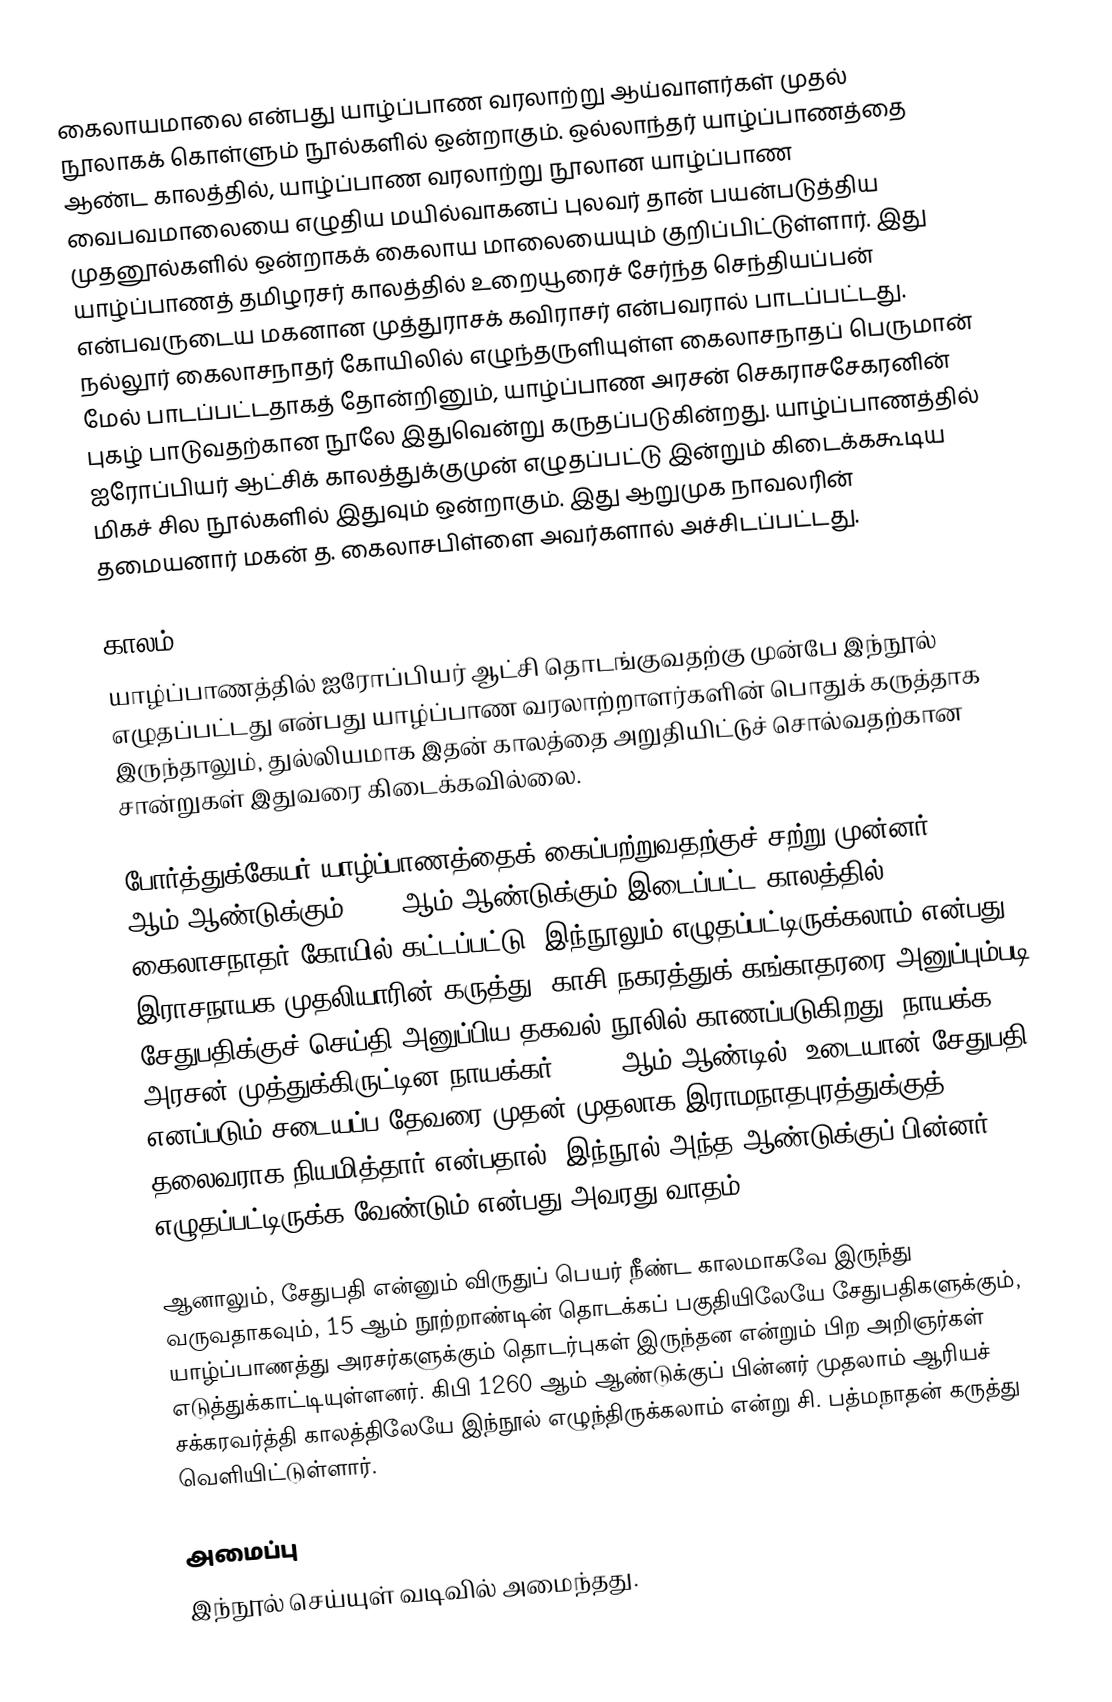
கைலாயமாலை என்பது யாழ்ப்பாண வரலாற்று ஆய்வாளர்கள் முதல் நூலாகக் கொள்ளும் நூல்களில் ஒன்றாகும். ஒல்லாந்தர் யாழ்ப்பாணத்தை ஆண்ட காலத்தில், யாழ்ப்பாண வரலாற்று நூலான யாழ்ப்பாண வைபவமாலையை எழுதிய மயில்வாகனப் புலவர் தான் பயன்படுத்திய முதனூல்களில் ஒன்றாகக் கைலாய மாலையையும் குறிப்பிட்டுள்ளார். இது யாழ்ப்பாணத் தமிழரசர் காலத்தில் உறையூரைச் சேர்ந்த செந்தியப்பன் என்பவருடைய மகனான முத்துராசக் கவிராசர் என்பவரால் பாடப்பட்டது. நல்லூர் கைலாசநாதர் கோயிலில் எழுந்தருளியுள்ள கைலாசநாதப் பெருமான் மேல் பாடப்பட்டதாகத் தோன்றினும், யாழ்ப்பாண அரசன் செகராசசேகரனின் புகழ் பாடுவதற்கான நூலே இதுவென்று கருதப்படுகின்றது. யாழ்ப்பாணத்தில் ஐரோப்பியர் ஆட்சிக் காலத்துக்குமுன் எழுதப்பட்டு இன்றும் கிடைக்ககூடிய மிகச் சில நூல்களில் இதுவும் ஒன்றாகும். இது ஆறுமுக நாவலரின் தமையனார் மகன் த. கைலாசபிள்ளை அவர்களால் அச்சிடப்பட்டது.

காலம்
யாழ்ப்பாணத்தில் ஐரோப்பியர் ஆட்சி தொடங்குவதற்கு முன்பே இந்நூல் எழுதப்பட்டது என்பது யாழ்ப்பாண வரலாற்றாளர்களின் பொதுக் கருத்தாக இருந்தாலும், துல்லியமாக இதன் காலத்தை அறுதியிட்டுச் சொல்வதற்கான சான்றுகள் இதுவரை கிடைக்கவில்லை.

போர்த்துக்கேயர் யாழ்ப்பாணத்தைக் கைப்பற்றுவதற்குச் சற்று முன்னர், 1604 ஆம் ஆண்டுக்கும் 1619 ஆம் ஆண்டுக்கும் இடைப்பட்ட காலத்தில், கைலாசநாதர் கோயில் கட்டப்பட்டு, இந்நூலும் எழுதப்பட்டிருக்கலாம் என்பது இராசநாயக முதலியாரின் கருத்து. காசி நகரத்துக் கங்காதரரை அனுப்பும்படி சேதுபதிக்குச் செய்தி அனுப்பிய தகவல் நூலில் காணப்படுகிறது. நாயக்க அரசன் முத்துக்கிருட்டின நாயக்கர், 1604 ஆம் ஆண்டில், உடையான் சேதுபதி எனப்படும் சடையப்ப தேவரை முதன் முதலாக இராமநாதபுரத்துக்குத் தலைவராக நியமித்தார் என்பதால், இந்நூல் அந்த ஆண்டுக்குப் பின்னர் எழுதப்பட்டிருக்க வேண்டும் என்பது அவரது வாதம்.

ஆனாலும், சேதுபதி என்னும் விருதுப் பெயர் நீண்ட காலமாகவே இருந்து வருவதாகவும், 15 ஆம் நூற்றாண்டின் தொடக்கப் பகுதியிலேயே சேதுபதிகளுக்கும், யாழ்ப்பாணத்து அரசர்களுக்கும் தொடர்புகள் இருந்தன என்றும் பிற அறிஞர்கள் எடுத்துக்காட்டியுள்ளனர். கிபி 1260 ஆம் ஆண்டுக்குப் பின்னர் முதலாம் ஆரியச் சக்கரவர்த்தி காலத்திலேயே இந்நூல் எழுந்திருக்கலாம் என்று சி. பத்மநாதன் கருத்து வெளியிட்டுள்ளார்.

அமைப்பு
இந்நூல் செய்யுள் வடிவில் அமைந்தது.